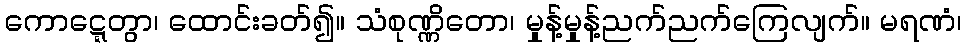
ကောဋ္ဋေတွာ၊ ထောင်းခတ်၍။ သံစုဏ္ဏိတော၊ မှုန့်မှုန့်ညက်ညက်ကြေလျက်။ မရဏံ၊